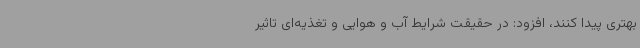
بهتری پیدا کنند، افزود: در حقیقت شرایط آب و هوایی و تغذیه‌ای تاثیر